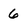
Character: 6